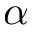
\alpha